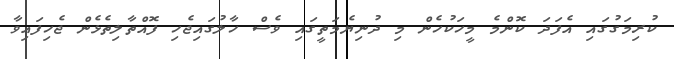
ކުރިމަގުގައި އެފަދަ ކޮންމެ މީހަކުހެން މި ދުނިޔެމަތީގައި ވެސް ހާލުގައިޖެހި ފޮއްތާލިތެޅެން ޖެހިފައިވާ